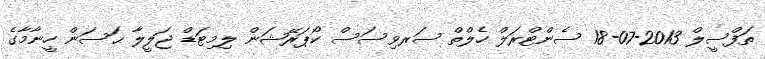
ތަފްސީލް 2013-07-18 ސެންޓްރަލް ހެލްތް ސަރވިސަސް ކޯޕަރޭޝަން ލިމިޓަޑް ޖަލީލާ ޙަސަން ހީނާމާގެ